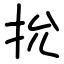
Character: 抁